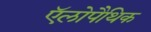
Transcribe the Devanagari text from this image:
ऍलोपैथिक